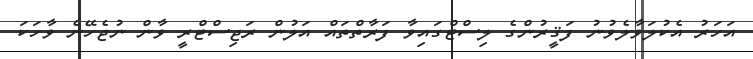
އަހަރު އެކުލަވާލެވުނު ފަޤީރުންގެ ލިސްޓްގައިވާ ފަރާތްތައް އަލުން ރަޖިސްޓްރީ ވާން ނުޖެހޭނެ ވާހަކަ